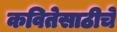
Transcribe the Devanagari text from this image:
कवितेसाठीचे